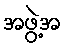
အဖွဲ့အ